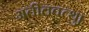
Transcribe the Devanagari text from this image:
अतीतवत्थु।